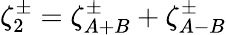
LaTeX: \zeta_{2}^{\pm}=\zeta_{A+B}^{\pm}+\zeta_{A-B}^{\pm}